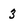
Character: 3